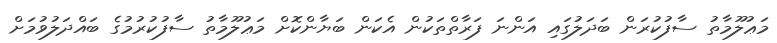
މަޢުލޫމާތު ސާފުކުރަން ބަދަލުގައި އަންނަ ފަރާތްތަކުން އެކަން ބަޔާންކޮށް މަޢުލޫމާތު ސާފުކުރުމުގެ ބައްދަލުވުމަށް